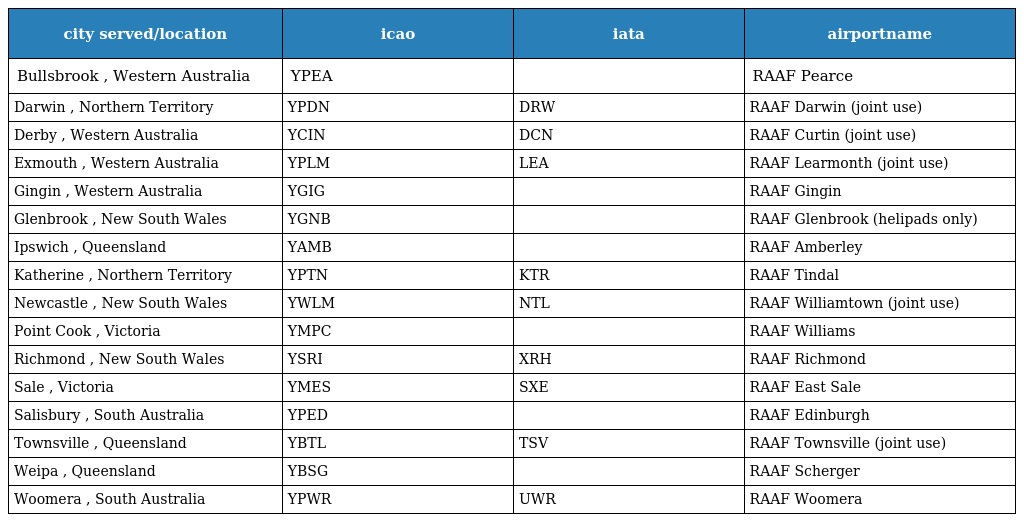
| city served/location | icao | iata | airportname |
 | --- | --- | --- | --- |
 | Bullsbrook , Western Australia | YPEA |  | RAAF Pearce |
 | Darwin , Northern Territory | YPDN | DRW | RAAF Darwin (joint use) |
 | Derby , Western Australia | YCIN | DCN | RAAF Curtin (joint use) |
 | Exmouth , Western Australia | YPLM | LEA | RAAF Learmonth (joint use) |
 | Gingin , Western Australia | YGIG |  | RAAF Gingin |
 | Glenbrook , New South Wales | YGNB |  | RAAF Glenbrook (helipads only) |
 | Ipswich , Queensland | YAMB |  | RAAF Amberley |
 | Katherine , Northern Territory | YPTN | KTR | RAAF Tindal |
 | Newcastle , New South Wales | YWLM | NTL | RAAF Williamtown (joint use) |
 | Point Cook , Victoria | YMPC |  | RAAF Williams |
 | Richmond , New South Wales | YSRI | XRH | RAAF Richmond |
 | Sale , Victoria | YMES | SXE | RAAF East Sale |
 | Salisbury , South Australia | YPED |  | RAAF Edinburgh |
 | Townsville , Queensland | YBTL | TSV | RAAF Townsville (joint use) |
 | Weipa , Queensland | YBSG |  | RAAF Scherger |
 | Woomera , South Australia | YPWR | UWR | RAAF Woomera |